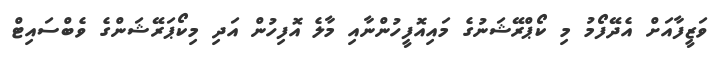
ވަޒީފާއަށް އެދޭފޯމު މި ކޯޕްރޭޝަނުގެ މައިއޮފީހުންނާއި މާލެ އޮފިހުން އަދި މިކޯޕަރޭޝަންގެ ވެބްސައިޓް